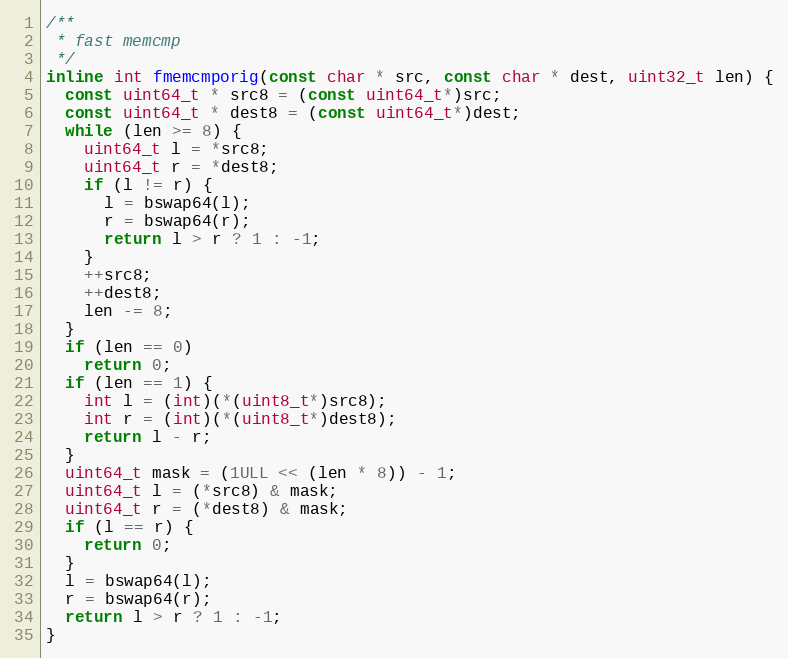
Language: C++
/**
 * fast memcmp
 */
inline int fmemcmporig(const char * src, const char * dest, uint32_t len) {
  const uint64_t * src8 = (const uint64_t*)src;
  const uint64_t * dest8 = (const uint64_t*)dest;
  while (len >= 8) {
    uint64_t l = *src8;
    uint64_t r = *dest8;
    if (l != r) {
      l = bswap64(l);
      r = bswap64(r);
      return l > r ? 1 : -1;
    }
    ++src8;
    ++dest8;
    len -= 8;
  }
  if (len == 0)
    return 0;
  if (len == 1) {
    int l = (int)(*(uint8_t*)src8);
    int r = (int)(*(uint8_t*)dest8);
    return l - r;
  }
  uint64_t mask = (1ULL << (len * 8)) - 1;
  uint64_t l = (*src8) & mask;
  uint64_t r = (*dest8) & mask;
  if (l == r) {
    return 0;
  }
  l = bswap64(l);
  r = bswap64(r);
  return l > r ? 1 : -1;
}